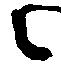
々